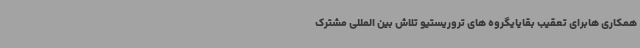
همکاری هابرای تعقیب بقایایگروه های تروریستیو تلاش بین المللی مشترک